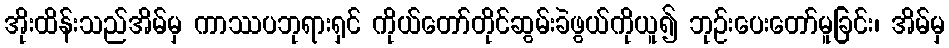
အိုးထိန်းသည်အိမ်မှ ကာဿပဘုရားရှင် ကိုယ်တော်တိုင်ဆွမ်းခဲဖွယ်ကိုယူ၍ ဘုဉ်းပေးတော်မူခြင်း၊ အိမ်မှ